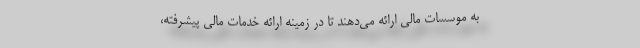
به موسسات مالی ارائه می‌دهند تا در زمینه ارائه خدمات مالی پیشرفته،